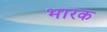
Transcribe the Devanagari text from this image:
भारक